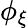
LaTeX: \phi_{\xi}